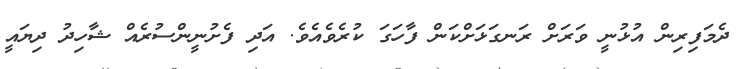
ދެމަފިރިން އުޅުނީ ވަރަށް ރަނގަޅަށްކަން ފާހަގަ ކުރެވެއެވެ. އަދި ފެށުނީންސުރެއް ޝާހިދު ދިޔައީ